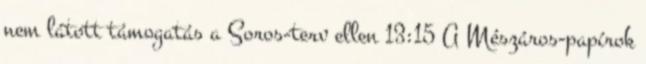
nem látott támogatás a Soros-terv ellen 13:15 A Mészáros-papírok